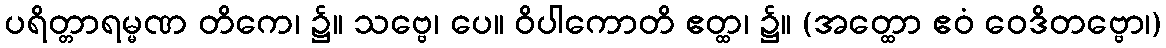
ပရိတ္တာရမ္မဏ တိကေ၊ ၌။ သဗ္ဗေ၊ ပေ။ ဝိပါကောတိ ဧတ္ထ၊ ၌။ (အတ္ထော ဧဝံ ဝေဒိတဗ္ဗော၊)